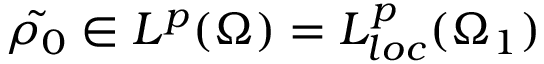
\Tilde { \rho _ { 0 } } \in L ^ { p } ( \Omega ) = L _ { l o c } ^ { p } ( \Omega _ { 1 } )